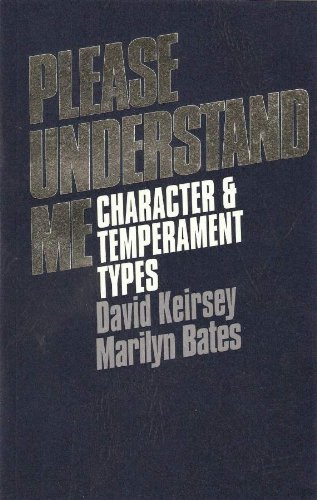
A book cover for Please Understand Me: Character and Temperament Types; David Keirsey; Self-Help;